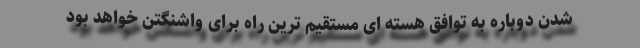
شدن دوباره به توافق هسته ای مستقیم ترین راه برای واشنگتن خواهد بود